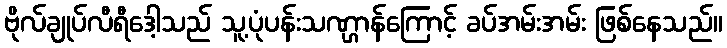
ဗိုလ်ချုပ်လီရီဒေါ့သည် သူ့ပုံပန်းသဏ္ဌာန်ကြောင့် ခပ်အမ်းအမ်း ဖြစ်နေသည်။